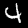
Label: 4